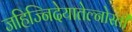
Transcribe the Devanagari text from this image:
जहिज्निदेयातेल्नोस्ती